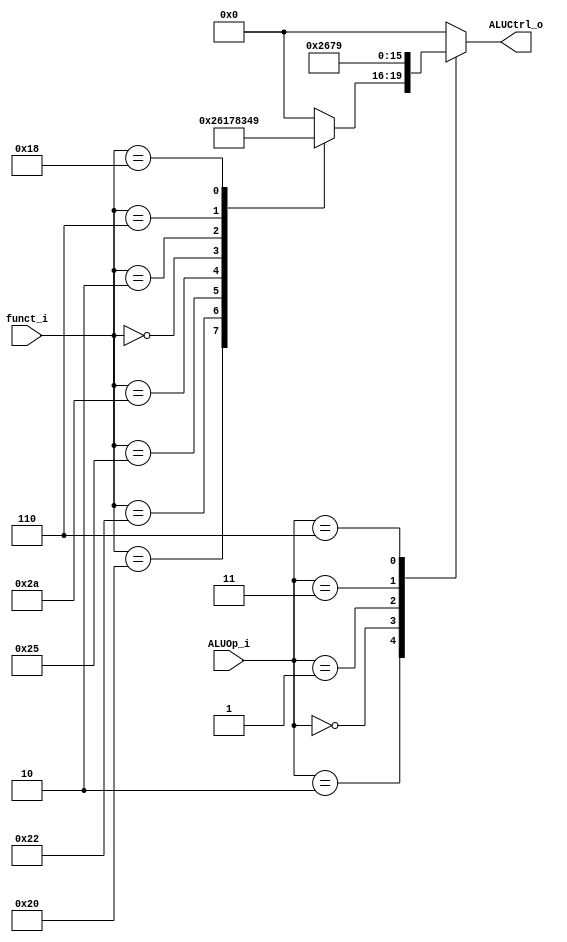
`timescale 1ns / 1ps
//////////////////////////////////////////////////////////////////////////////////
// Company: 
// Engineer: 
// 
// Design Name: 
// Module Name:    ALU_Ctrl 
// Project Name: 
// Target Devices: 
// Tool versions: 
// Description: 
//
// Dependencies: 
//
// Revision: 
// Revision 0.01 - File Created
// Additional Comments: 
//
//////////////////////////////////////////////////////////////////////////////////
module ALU_Ctrl(
          funct_i,
          ALUOp_i,
          ALUCtrl_o
          );
          
//I/O ports 
input      [6-1:0] funct_i;
input      [3-1:0] ALUOp_i;

output     [4-1:0] ALUCtrl_o;    
     
//Internal Signals
reg        [4-1:0] ALUCtrl_o;

//Parameter
// funct_i parameter; of RFormat;
parameter add     = 'h20;
parameter sub     = 'h22;
parameter and_    = 'h24;
parameter or_     = 'h25;
parameter slt_    = 'h2a;
parameter sl_     = 'h0;
parameter sr_     = 'h2;
parameter srv_    = 'h6;
//parameter jr      = 6'b001000;
parameter mul     = 'd24;

// ALUop_i parameter; of IFormat
parameter RFormat = 3'b010;
parameter addop   = 3'b000;
parameter subop   = 3'b001;
parameter sltop   = 3'b011; 
//parameter lui     = 3'b100;
//parameter ori     = 3'b101;
parameter mul_    = 3'b110;
//parameter bne     = 3'b110;

     
//Select exact operation
always @ (*)
begin
	case(ALUOp_i)
		RFormat: begin
						case(funct_i)
							add:  ALUCtrl_o <= 4'b0010;
							sub:  ALUCtrl_o <= 4'b0110;
							and_: ALUCtrl_o <= 4'b0000;
							or_:  ALUCtrl_o <= 4'b0001;
							slt_: ALUCtrl_o <= 4'b0111;
							sl_:  ALUCtrl_o <= 4'b1000; // shift left;
							sr_:  ALUCtrl_o <= 4'b0011;
							srv_: ALUCtrl_o <= 4'b0100;
							//jr:   ALUCtrl_o <= 4'b0000;
							mul:  ALUCtrl_o <= 4'b1001;
							default: ALUCtrl_o <= 4'b0000;
						endcase
					end
		addop:   ALUCtrl_o <= 4'b0010;
		subop:   ALUCtrl_o <= 4'b0110;
		sltop:   ALUCtrl_o <= 4'b0111;
//		lui:     ALUCtrl_o <= 4'b0101;
//		ori:     ALUCtrl_o <= 4'b0001; // do or;
		mul_:    ALUCtrl_o <= 4'b1001;
//		bne:     ALUCtrl_o <= 4'b1001;
		default: ALUCtrl_o <= 4'b0000;
	endcase
end

endmodule